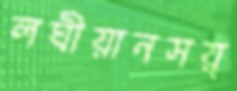
লঘীয়ানসয়্